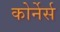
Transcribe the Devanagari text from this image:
कोर्नेर्स